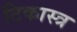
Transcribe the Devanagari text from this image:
टिकास्त्र